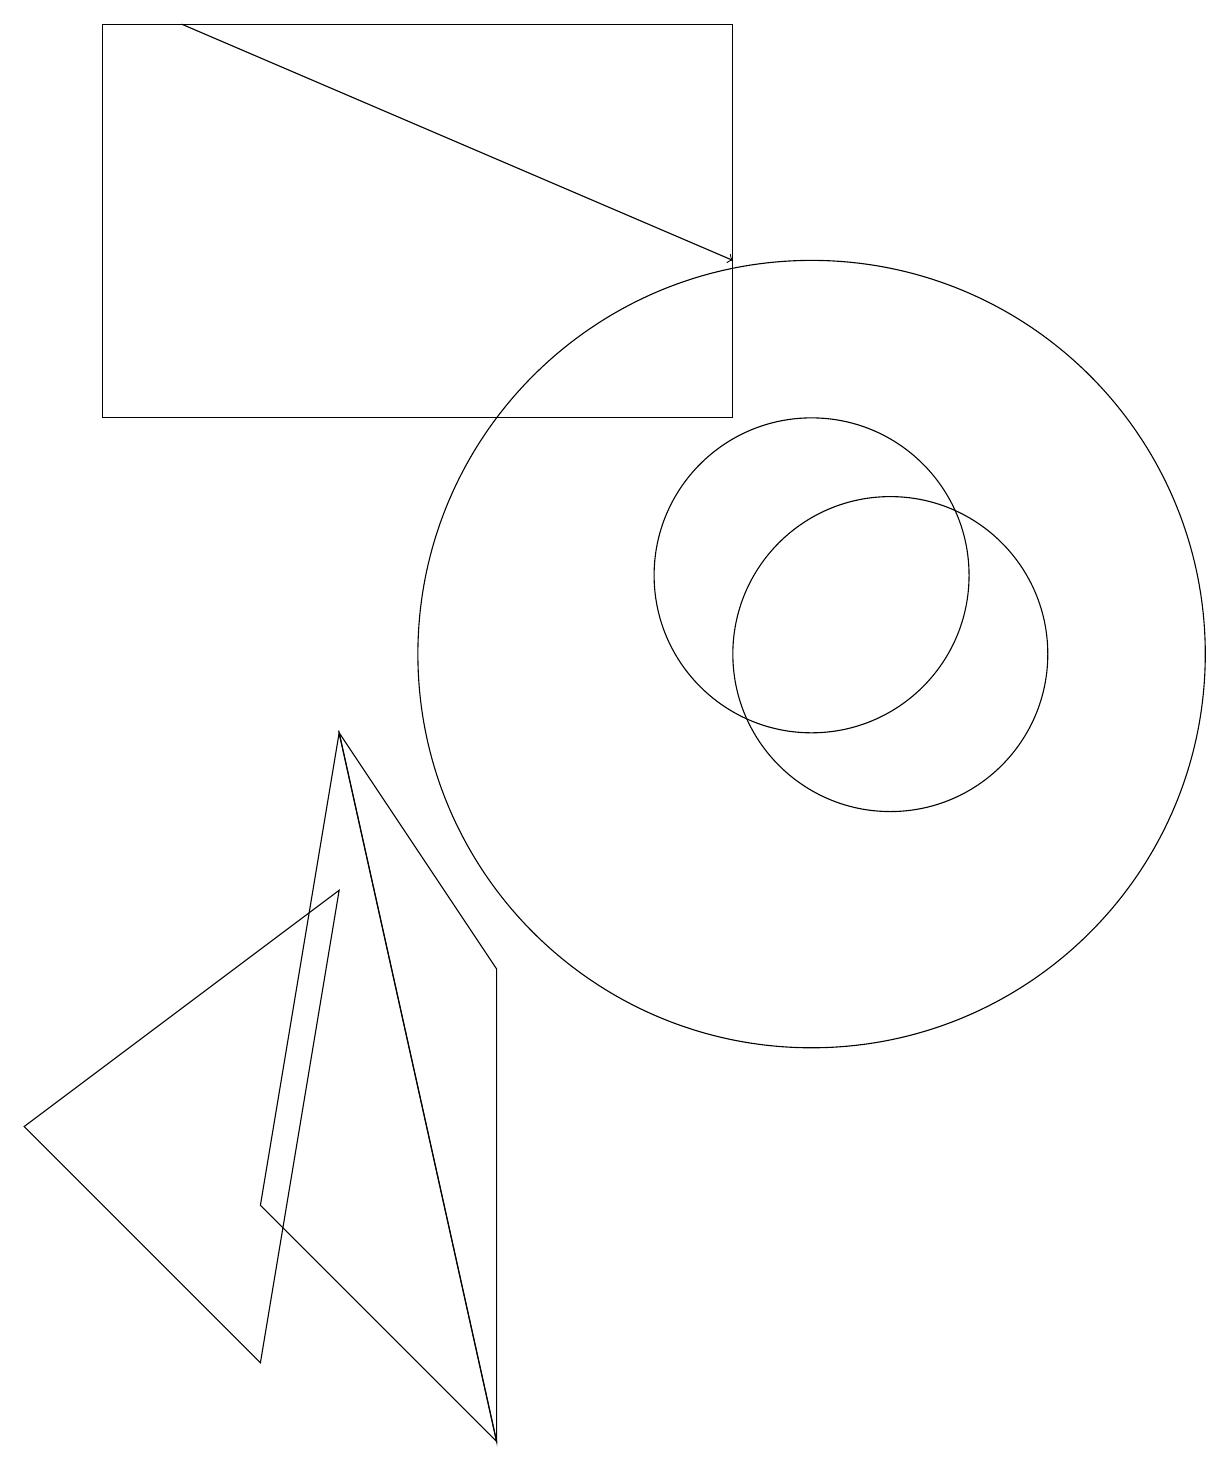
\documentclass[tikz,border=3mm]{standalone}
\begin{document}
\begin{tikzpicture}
\draw (1,18) rectangle (9,13);
\draw (11,10) circle (2);
\draw[->] (2,18) -- (9,15);
\draw (10,10) circle (5);
\draw (10,11) circle (2);
\draw (6,0) -- (3,3) -- (4,9) -- cycle;
\draw (4,9) -- (6,6) -- (6,0) -- cycle;
\draw (4,7) -- (0,4) -- (3,1) -- cycle;
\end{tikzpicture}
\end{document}